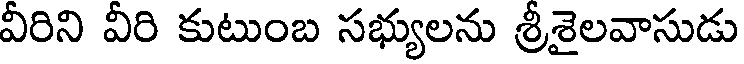
వీరిని వీరి కుటుంబ సభ్యులను శ్రీశైలవాసుడు